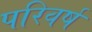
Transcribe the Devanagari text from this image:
परिवर्ष